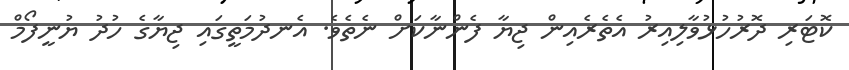
ކޮޓަރި ދޮރުހުޅުވާލިއިރު އެތެރެއިން ޖިޔާ ފެންނާކަށް ނެތެވެ. އެނދުމަތީގައި ޖިޔާގެ ހުދު ޔުނީފޯމް